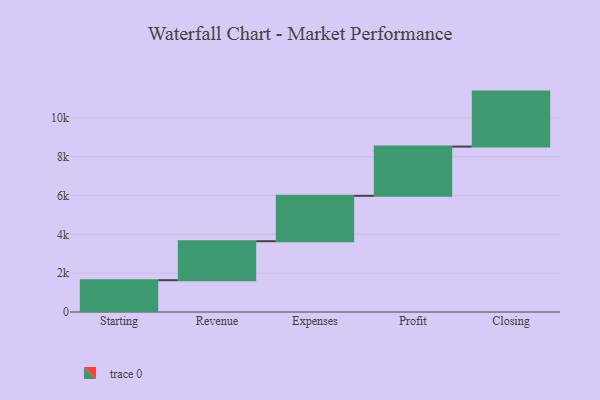
{"axis": {"x": "Step", "y": "Value"}, "legend": [""], "data": [{"x": "Starting", "y": 1640.0, "type": ""}, {"x": "Revenue", "y": 2007.0, "type": ""}, {"x": "Expenses", "y": 2339.0, "type": ""}, {"x": "Profit", "y": 2537.0, "type": ""}, {"x": "Closing", "y": 2832.0, "type": ""}]}